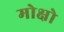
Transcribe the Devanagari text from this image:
मोक्षो